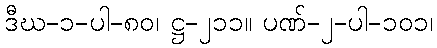
ဒီဃ-၁-ပါ-၈၀၊ ဋ္ဌ-၂၁၁။ ပဏ်-၂-ပါ-၁၀၁၊